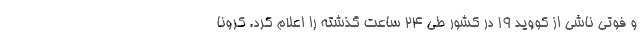
و فوتی ناشی از کووید ۱۹ در کشور طی ۲۴ ساعت گذشته را اعلام کرد. کرونا